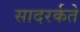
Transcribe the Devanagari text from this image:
सादरर्कते